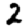
Digit: 2